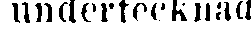
undertecknad.